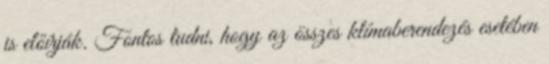
is előírják. Fontos tudni, hogy az összes klímaberendezés esetében